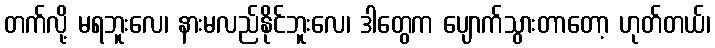
တက်လို့ မရဘူးလေ၊ နားမလည်နိုင်ဘူးလေ၊ ဒါတွေက ပျောက်သွားတာတော့ ဟုတ်တယ်၊